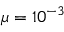
\mu = 1 0 ^ { - 3 }